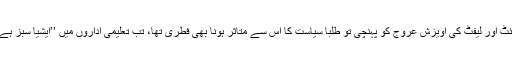
1960 کی دہائی کے اواخر میں ملک میں رائٹ اور لیفٹ کی آویزش عروج کو پہنچی تو طلبا سیاست کا اس سے متاثر ہونا بھی فطری تھا، تب تعلیمی اداروں میں ’’ایشیا سبز ہے‘‘ اور ’’ایشیا سرخ ہے‘‘ کے نعرے گونجتے۔